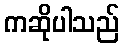
ကဆိုပါသည်